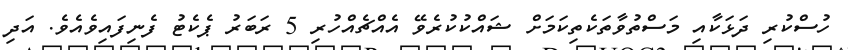
ހުސްކުރި ދަޅަކާއި މަސްތުވާތަކެތިކަމަށް ޝައްކުކުރެވޭ އެއްޗެއްހުރި 5 ރަބަރު ޕެކެޓު ފެނިފައިވެއެވެ. އަދި